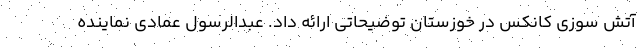
آتش سوزی کانکس در خوزستان توضیحاتی ارائه داد. عبدالرسول عمادی نماینده